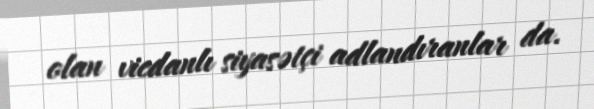
olan vicdanlı siyasətçi adlandıranlar da.